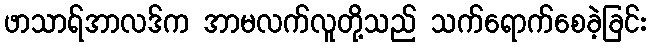
ဖာသာရ်အာလဒ်က အာမလက်လူတို့သည် သက်ရောက်စေခဲ့ခြင်း